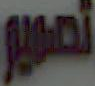
تصوير